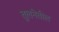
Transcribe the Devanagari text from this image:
तुलनेतील